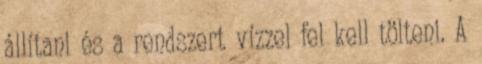
állítani és a rendszert vízzel fel kell tölteni. A